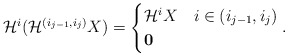
\begin{align*}\mathcal{H}^{i}(\mathcal{H}^{(i_{j-1}, i_{j})}X)=\begin{cases}\mathcal{H}^{i}X & i\in (i_{j-1},i_{j})\\\mathbf{0} &\end{cases}.\end{align*}